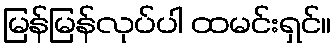
မြန်မြန်လုပ်ပါ ထမင်းရှင်။